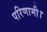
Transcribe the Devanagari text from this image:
परिणामी।